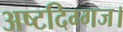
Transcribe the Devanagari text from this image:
अष्टदिग्गज।